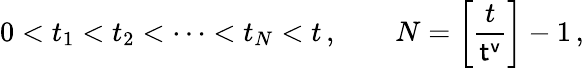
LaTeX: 0<t_{1}<t_{2}<\dots<t_{N}<t\, ,\qquad N=\left[\frac{t}{{\sf t^{v}}}\right]-1\, ,